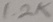
Text: 1.2K